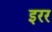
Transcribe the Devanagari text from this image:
इरर